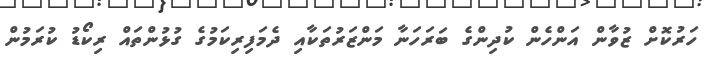
ހަރުކޮށް ޒުވާން އަންހެން ކުދިންގެ ބަރަހަނާ މަންޒަރުތަކާއި ދެމަފިރިކަމުގެ ގުޅުންތައް ރިކޯޑު ކުރަމުން